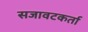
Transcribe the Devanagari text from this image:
सजावटकर्ता